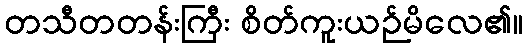
တသီတတန်းကြီး စိတ်ကူးယဉ်မိလေ၏။